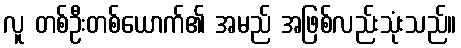
လူ တစ်ဦးတစ်ယောက်၏ အမည် အဖြစ်လည်းသုံးသည်။